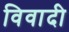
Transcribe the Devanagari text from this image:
विवादी